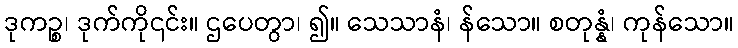
ဒုကဉ္စ၊ ဒုက်ကို၎င်း။ ဌပေတွာ၊ ၍။ သေသာနံ၊ န်သော။ စတုန္နံ၊ ကုန်သော။